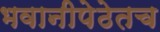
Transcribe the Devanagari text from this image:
भवानीपेठेतच